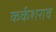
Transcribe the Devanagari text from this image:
कर्कशराव